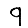
Digit: 9